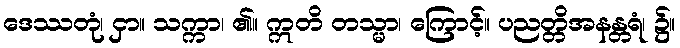
ဒေဿတုံ၊ ငှာ။ သက္ကာ၊ ၏။ ဣတိ တသ္မာ၊ ကြောင့်။ ပညတ္တိအနန္တရံ၊ ၌။